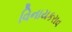
વિનાયકરાવ